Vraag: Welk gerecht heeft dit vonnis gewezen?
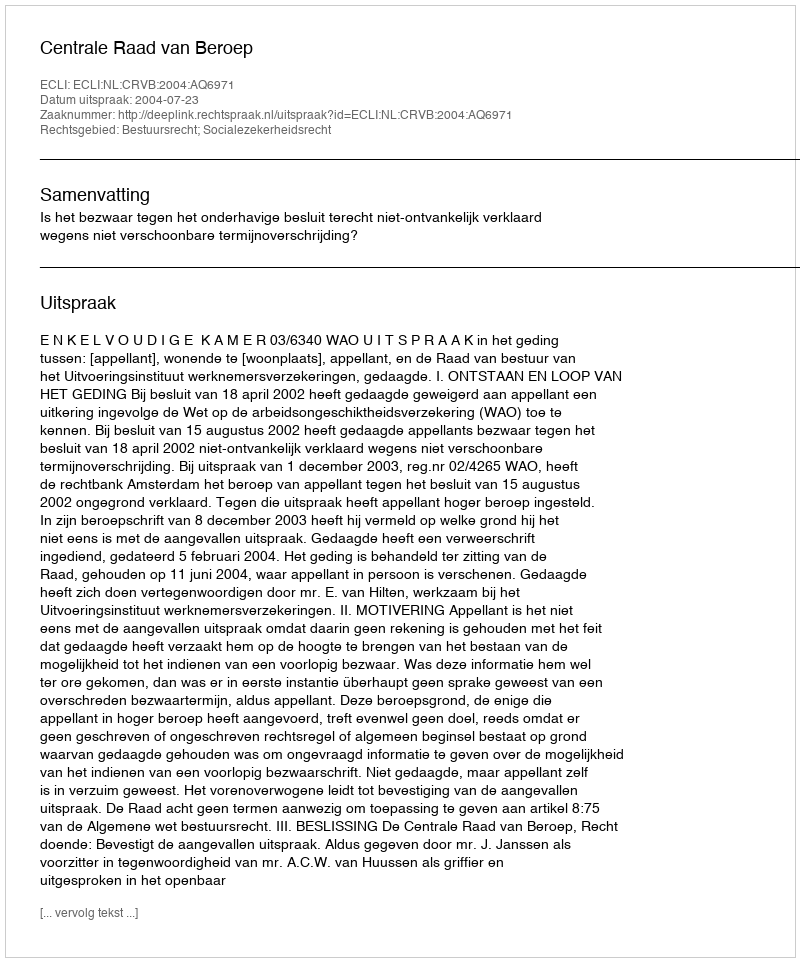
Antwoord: Centrale Raad van Beroep